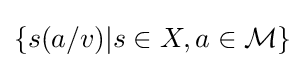
\{s(a/v)|s\in X,a\in {\mathcal {M}}\}